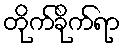
တိုက်ခိုက်ရာ